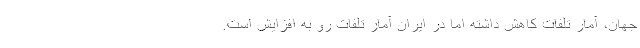
جهان، آمار تلفات کاهش داشته اما در ایران آمار تلفات رو به افزایش است.